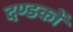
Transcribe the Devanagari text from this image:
दण्डकों